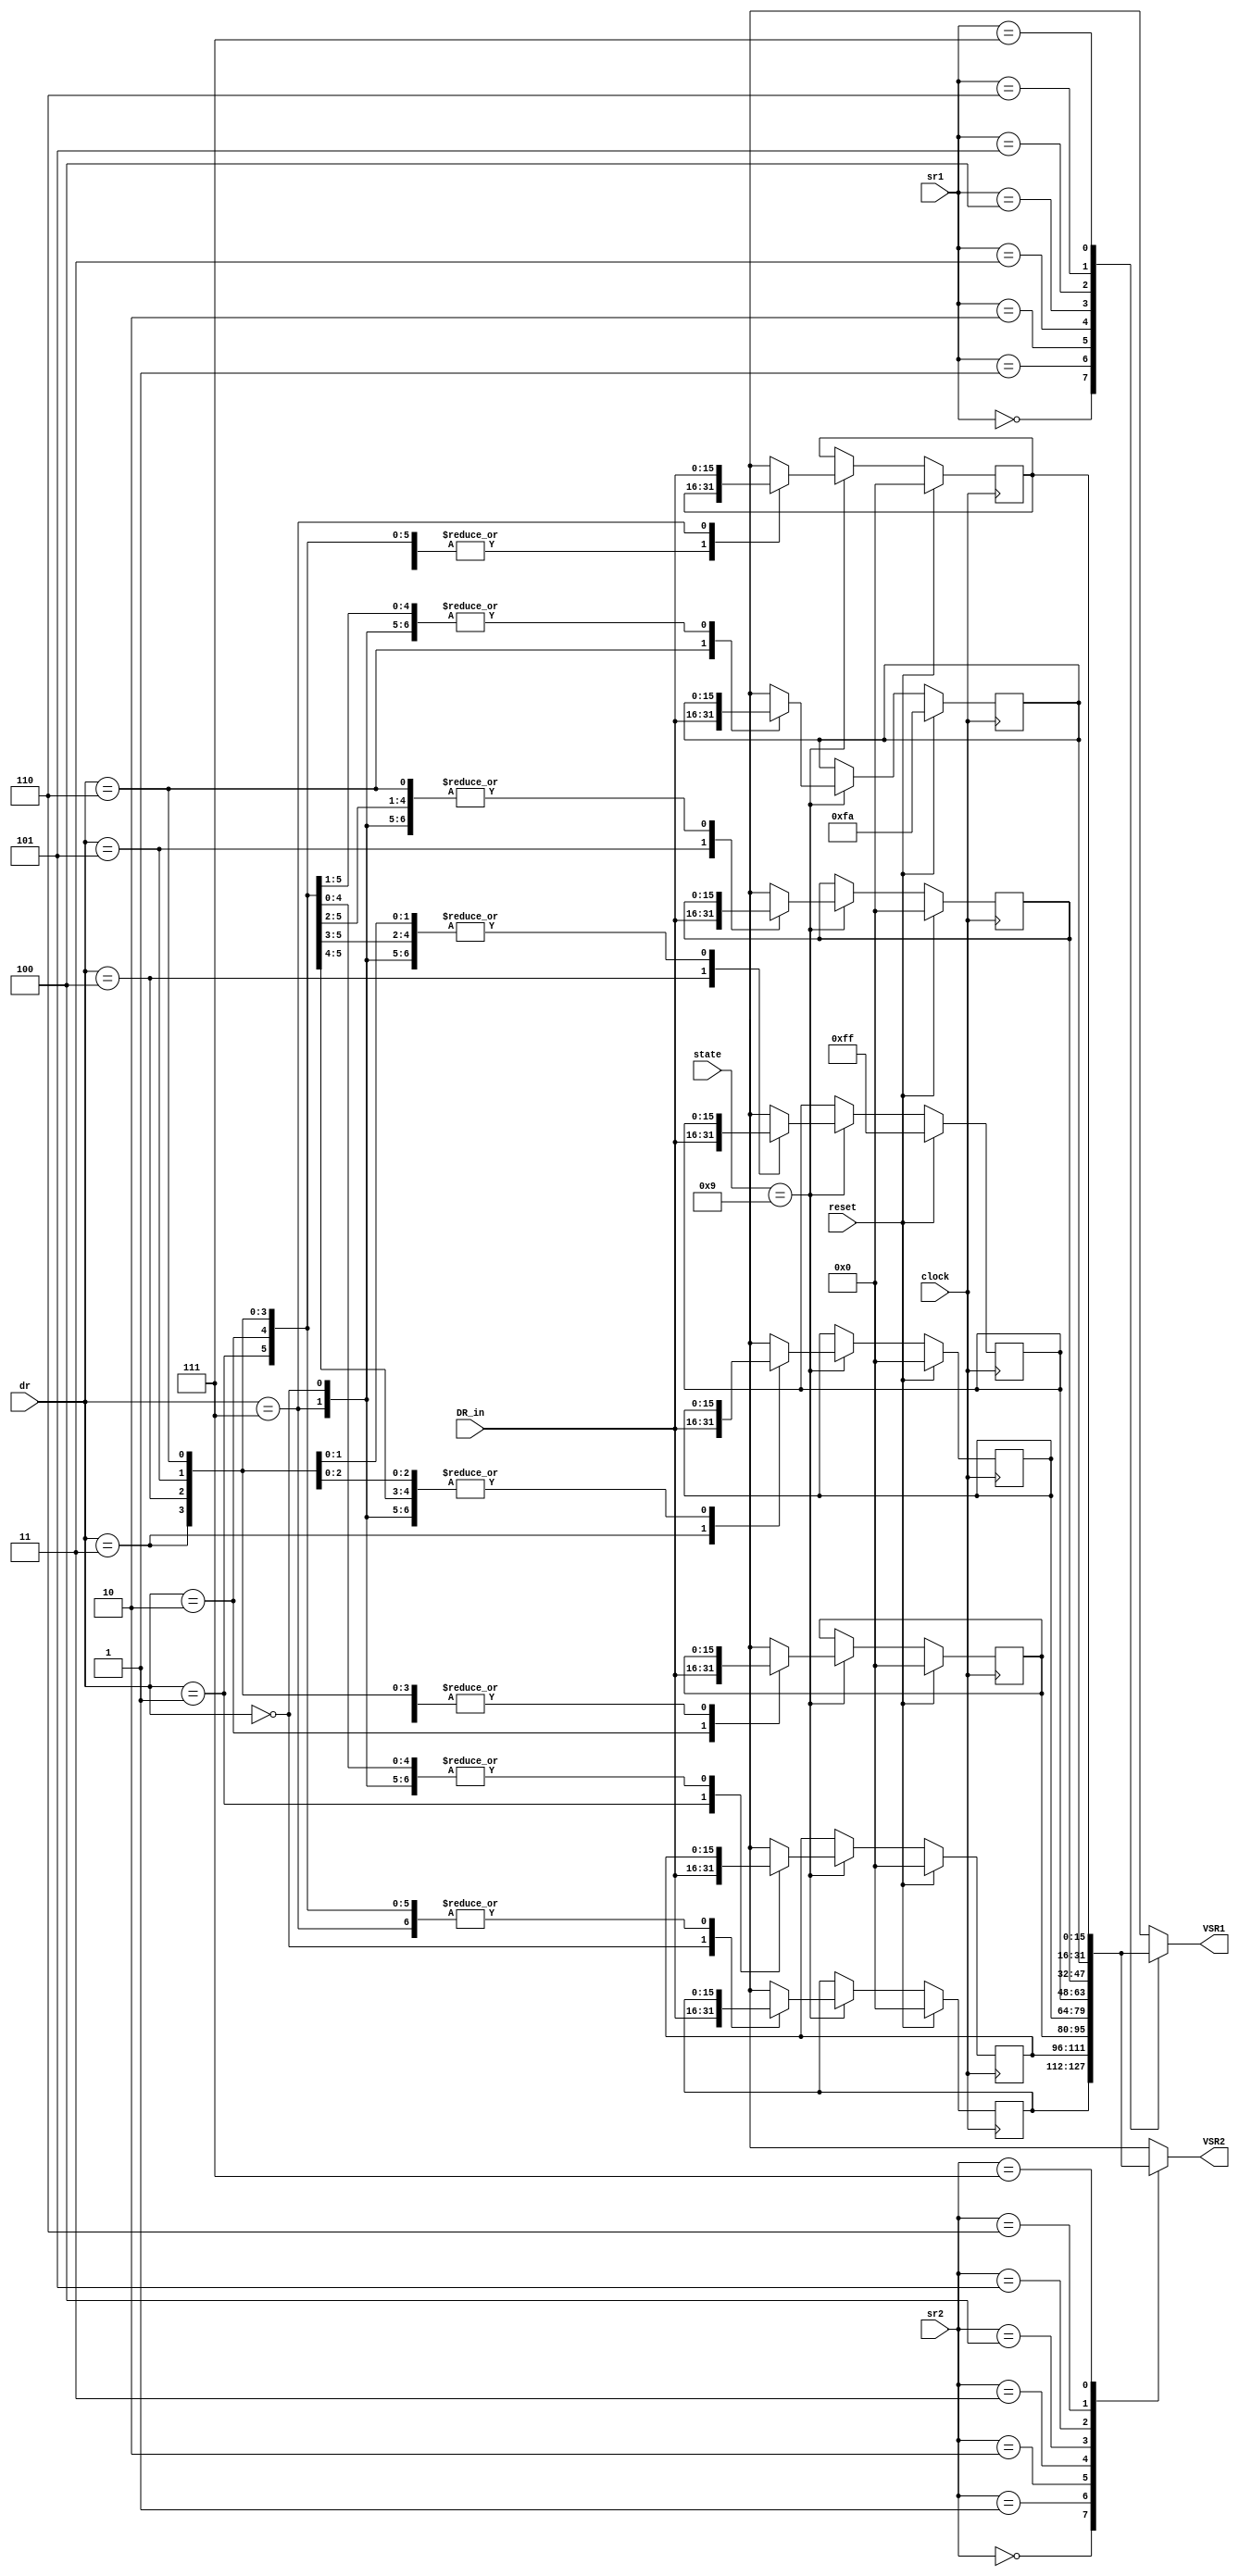
`timescale 1ns / 1ps
//////////////////////////////////////////////////////////////////////////////////
// Company: 
// Engineer: 
// 
// Design Name: 
// Module Name: Regfile
// Project Name: 
// Target Devices: 
// Tool Versions: 
// Description: 
// 
// Dependencies: 
// 
// Revision:
// Revision 0.01 - File Created
// Additional Comments:
// 
//////////////////////////////////////////////////////////////////////////////////
module RegFile (VSR1, VSR2, sr1, sr2, dr, DR_in, state, clock, reset);

 output [15:0] VSR1;        // to Decode and Execute
 output [15:0] VSR2;        // to Decode and Execute
 input [2:0] sr1;        // from Decode
 input [2:0] sr2;        // from Decode
 input [2:0] dr;        // from Decode
 input [15:0] DR_in;        // from Memory
 input [3:0] state;        // from Controller
 input clock, reset;        // from Testbench

 reg [15:0] VSR1, VSR2;
 wire [15:0] R0, R1, R2, R3, R4, R5, R6, R7;
 reg [15:0] RegFile [0:7];

assign R0 = RegFile[0];        // Create wires that can be seen on SimVision
assign R1 = RegFile[1];
assign R2 = RegFile[2];
assign R3 = RegFile[3];
assign R4 = RegFile[4];
assign R5 = RegFile[5];
assign R6 = RegFile[6];
assign R7 = RegFile[7];

always@ (posedge clock)        // Set all Registers to 0
if (reset) begin
 RegFile[0] = 16'h0000;
 RegFile[1] = 16'h0000;
 RegFile[2] = 16'h0000;
 RegFile[3] = 16'h0000;
 RegFile[4] = 16'h00FF;
 RegFile[5] = 16'h0000;
 RegFile[6] = 16'h00FA;
 RegFile[7] = 16'h0000;
end
else if (state == 4'b1001) begin    // Update Register based on ID of dr
 case (dr[2:0]) //DR_in
 3'b000 : RegFile[0] = DR_in;
 3'b001 : RegFile[1] = DR_in;
 3'b010 : RegFile[2] = DR_in;
 3'b011 : RegFile[3] = DR_in;
 3'b100 : RegFile[4] = DR_in;
 3'b101 : RegFile[5] = DR_in;
 3'b110 : RegFile[6] = DR_in;
 3'b111 : RegFile[7] = DR_in;
 endcase
end

always@ (sr1 or sr2) begin
 case (sr1[2:0]) //VSR1
 3'b000 : VSR1 = RegFile[0];        // Set Variable Source Register 1
 3'b001 : VSR1 = RegFile[1];        // based on ID of sr1
 3'b010 : VSR1 = RegFile[2];
 3'b011 : VSR1 = RegFile[3];
 3'b100 : VSR1 = RegFile[4];
 3'b101 : VSR1 = RegFile[5];
 3'b110 : VSR1 = RegFile[6];
 3'b111 : VSR1 = RegFile[7];
 default : VSR1 = 16'h0000;
 endcase

 case (sr2[2:0]) //VSR2
 3'b000 : VSR2 = RegFile[0];        // Set Variable Source Register 2
 3'b001 : VSR2 = RegFile[1];        // based on ID of sr2
 3'b010 : VSR2 = RegFile[2];
 3'b011 : VSR2 = RegFile[3];
 3'b100 : VSR2 = RegFile[4];
 3'b101 : VSR2 = RegFile[5];
 3'b110 : VSR2 = RegFile[6];
 3'b111 : VSR2 = RegFile[7];
 default : VSR2 = 16'h0000;
 endcase
end
endmodule